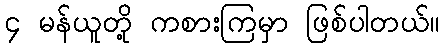
၄ မန်ယူတို့ ကစားကြမှာ ဖြစ်ပါတယ်။